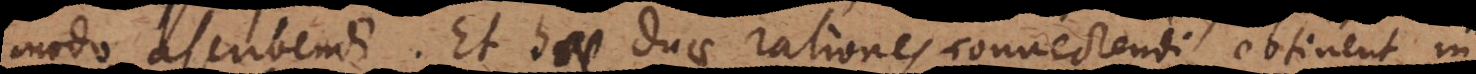
modo ascribendi. Et hae duae rationes connectendi obtinent in